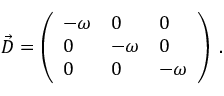
\vec { D } = \left( \begin{array} { l l l } { - { \omega } } & { 0 } & { 0 } \\ { 0 } & { - { \omega } } & { 0 } \\ { 0 } & { 0 } & { - { \omega } } \end{array} \right) \; .